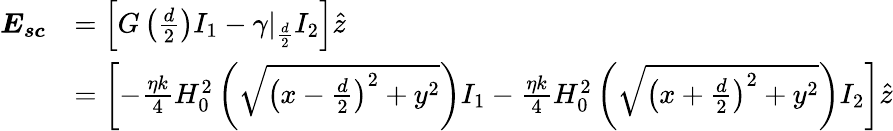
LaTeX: \begin{array}{rl}{\boldsymbol{E_{sc}}}&{=\left[G\left(\frac{d}{2}\right)I_{1}-\gamma|_{\frac{d}{2}}I_{2}\right]\hat{z}}\\ &{=\left[-\frac{\eta k}{4}H_{0}^{2}\left(\sqrt{\left(x-\frac{d}{2}\right)^{2}+y^{2}}\right)I_{1}-\frac{\eta k}{4}H_{0}^{2}\left(\sqrt{\left(x+\frac{d}{2}\right)^{2}+y^{2}}\right)I_{2}\right]\hat{z}}\end{array}